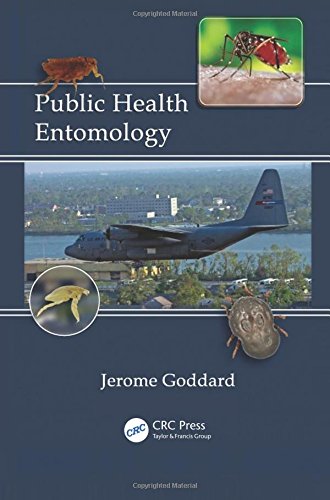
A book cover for Public Health Entomology; Jerome Goddard; Medical Books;